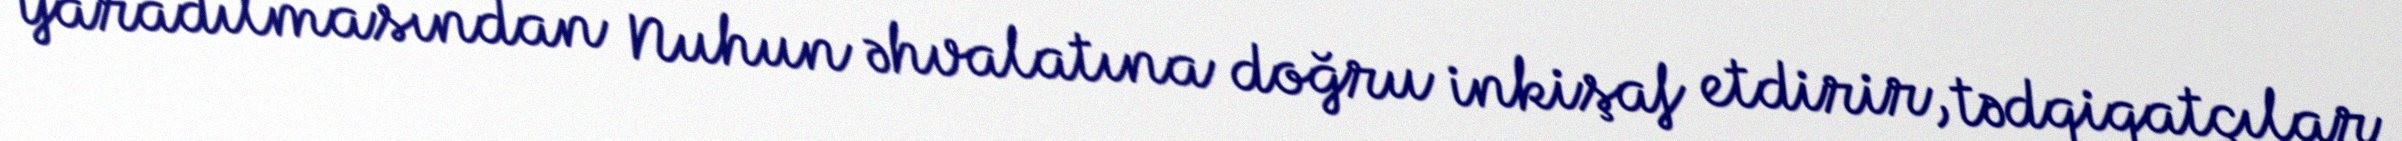
yaradılmasından Nuhun əhvalatına doğru inkişaf etdirir, tədqiqatçılar